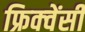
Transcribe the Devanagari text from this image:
फ्रिक्‍वेंसी